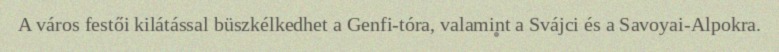
A város festői kilátással büszkélkedhet a Genfi-tóra, valamint a Svájci és a Savoyai-Alpokra.